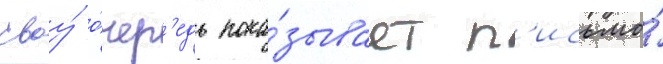
своу́ о́чер'едь пока́зывает п'исьмо́